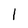
Character: l